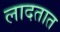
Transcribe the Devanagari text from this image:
लादतात